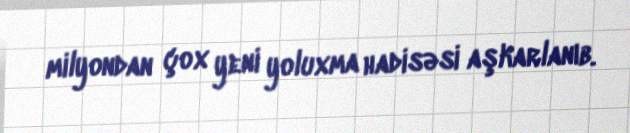
milyondan çox yeni yoluxma hadisəsi aşkarlanıb.